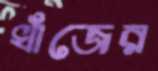
খাঁজের